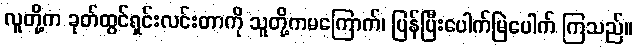
လူတို့က ခုတ်ထွင်ရှင်းလင်းတာကို သူတို့ကမကြောက်၊ ပြန်ပြီးပေါက်မြဲပေါက် ကြသည်။